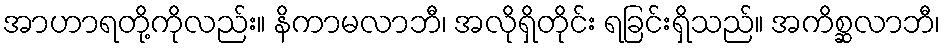
အာဟာရတို့ကိုလည်း။ နိကာမလာဘီ၊ အလိုရှိတိုင်း ရခြင်းရှိသည်။ အကိစ္ဆလာဘီ၊